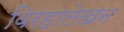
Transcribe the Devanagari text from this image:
विरहालेखन